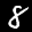
Label: 8